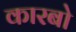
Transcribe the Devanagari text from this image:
कारबो